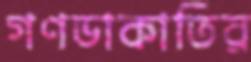
গণডাকাতির